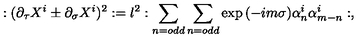
: ( \partial _ { \tau } X ^ { i } \pm \partial _ { \sigma } X ^ { i } ) ^ { 2 } : = l ^ { 2 } : \sum _ { n = o d d } \sum _ { n = o d d } \exp { ( - i m \sigma ) } \alpha _ { n } ^ { i } \alpha _ { m - n } ^ { i } : ,